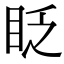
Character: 眨